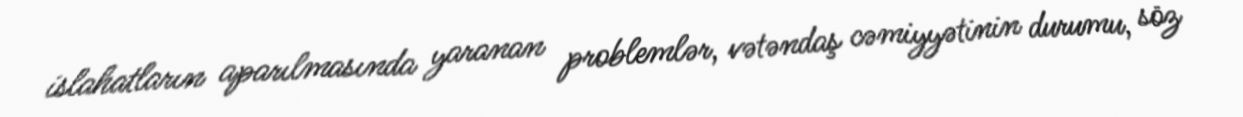
islahatların aparılmasında yaranan problemlər, vətəndaş cəmiyyətinin durumu, söz